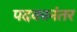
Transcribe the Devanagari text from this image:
पदकानंतर